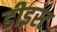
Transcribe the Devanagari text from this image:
डीइस्ट